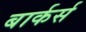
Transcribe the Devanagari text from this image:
बार्कर्स